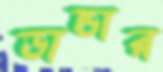
ডান্ডার